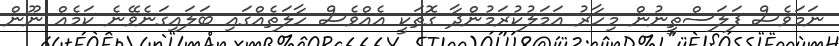
ނަމަވެސް ފަލަސްތީނުން މިހާރު އަމަލުކުރަމުންދާ ގޮތަކީ އެއްވެސް ހާލަތެއްގައި ބަަލައިގަނެވޭނެ ކަމެއް ނޫން